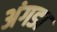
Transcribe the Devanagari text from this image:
अंगडा